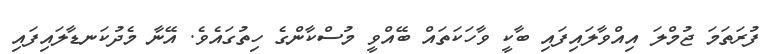
ފުރަތަމަ ޖުމްލަ އިއްވާލައިފައި ބާކީ ވާހަކަތައް ބޭއްވީ މުސްކާންގެ ހިތުގައެވެ. އޭނާ މެދުކަނޑާލައިފައި